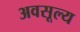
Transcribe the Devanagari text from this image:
अवसूल्य